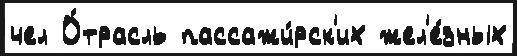
чел О́трасль пассажи́рск'их жел'е́зных